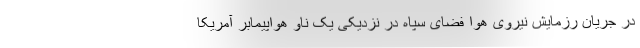
در جریان رزمایش نیروی هوا فضای سپاه در نزدیکی یک ناو هواپیمابر آمریکا